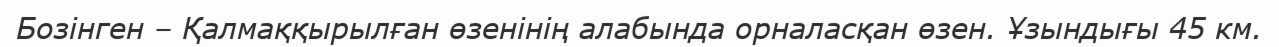
Бозінген – Қалмаққырылған өзенінің алабында орналасқан өзен. Ұзындығы 45 км.